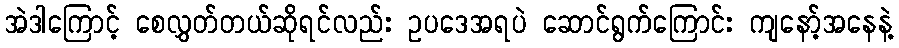
အဲဒါကြောင့် စေလွှတ်တယ်ဆိုရင်လည်း ဥပဒေအရပဲ ဆောင်ရွက်ကြောင်း ကျနော့်အနေနဲ့